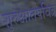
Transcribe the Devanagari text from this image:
शुरुआतपवित्र